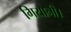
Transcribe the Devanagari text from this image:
गियानी।